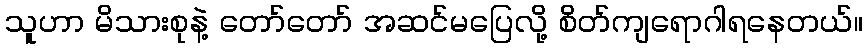
သူဟာ မိသားစုနဲ့ တော်တော် အဆင်မပြေလို့ စိတ်ကျရောဂါရနေတယ်။